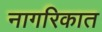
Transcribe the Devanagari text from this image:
नागरिकात